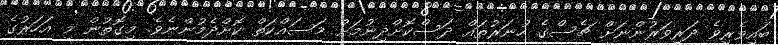
ބައިވެރިވެ ދަރިވަރުންނަށް ޗެސްގެ ހުނަރުތައް ދަސްކޮށްދިނުމަށް މަސައްކަތް ކޮށްދެމުންނެވެ. މިގޮތުން މި އަހަރުގެ